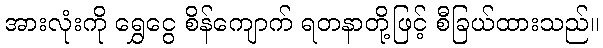
အားလုံးကို ရွှေငွေ စိန်ကျောက် ရတနာတို့ဖြင့် စီခြယ်ထားသည်။